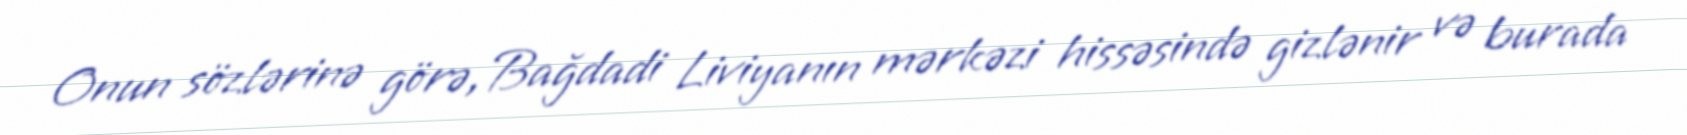
Onun sözlərinə görə, Bağdadi Liviyanın mərkəzi hissəsində gizlənir və burada